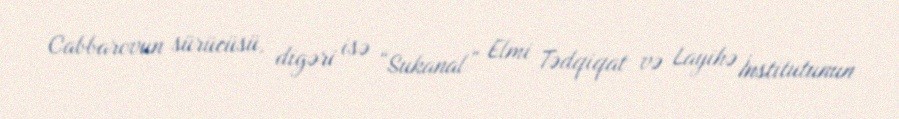
Cabbarovun sürücüsü, digəri isə “Sukanal” Elmi Tədqiqat və Layihə İnstitutunun